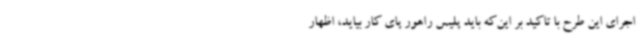
اجرای این طرح با تاکید بر این‌که باید پلیس راهور پای کار بیاید، اظهار